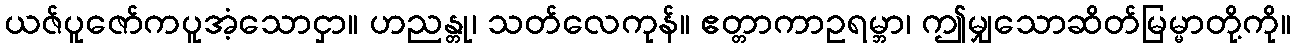
ယဇ်ပူဇော်ကပူအံ့သောငှာ။ ဟညန္တု၊ သတ်လေကုန်။ ဧတ္တာကာဥရမ္ဘာ၊ ဤမျှသောဆိတ်မြမ္မာတို့ကို။